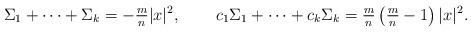
LaTeX: \begin{align*}&\Sigma_{1} + \dots + \Sigma_{k} = -\tfrac{m}{n}|x|^{2},&& c_{1}\Sigma_{1} + \dots + c_{k}\Sigma_{k} = \tfrac{m}{n}\left(\tfrac{m}{n} - 1\right)|x|^{2}.\end{align*}